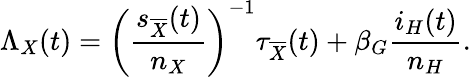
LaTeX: \Lambda_{X}(t)=\left(\frac{s_{\overline{{X}}}(t)}{n_{X}}\right)^{-1}\tau_{\overline{{X}}}(t)+\beta_{G}\frac{i_{H}(t)}{n_{H}}.